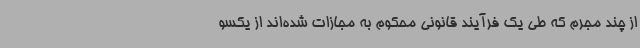
از چند مجرم که طی یک فرآیند قانونی محکوم به مجازات شده‌اند از یکسو